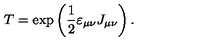
T = \exp \left( \frac 1 2 \varepsilon _ { \mu \nu } J _ { \mu \nu } \right) .